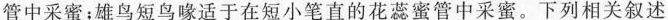
管中采蜜；雄鸟短鸟喙适于在短小笔直的花蕊蜜管中采蜜。下列相关叙述